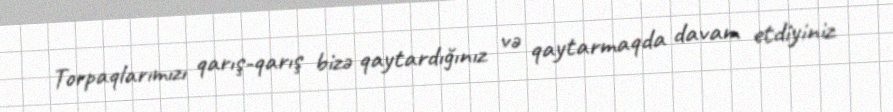
Torpaqlarımızı qarış-qarış bizə qaytardığınız və qaytarmaqda davam etdiyiniz